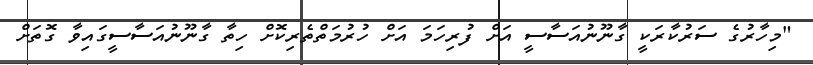
"މިހާރުގެ ސަރުކާރަކީ ގާނޫނުއަސާސީ އަށް ފުރިހަމަ އަށް ހުރުމަތްތެރިކޮށް ހިތާ ގާނޫނުއަސާސީގައިވާ ގޮތަށް